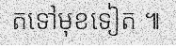
តទៅមុខទៀត ៕